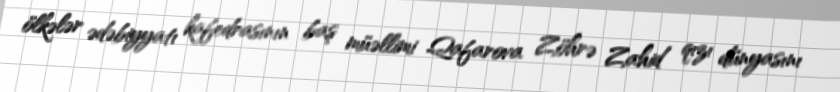
ölkələr ədəbiyyatı kafedrasının baş müəllimi Qafarova Zöhrə Zahid qızı dünyasını